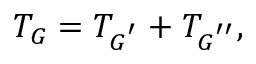
T _ { { \cal G } } = T _ { { \cal G } ^ { ^ { \prime } } } + T _ { { \cal G } ^ { ^ { \prime \prime } } } ,